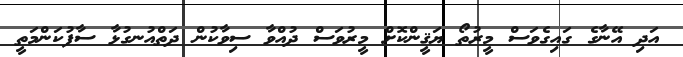
އަދި އޭނާގެ ގައިގެވަސް މީރުތޯ ޔަޤީންކޮށް މީރުވަސް ދުއްވާ ސިވާކުން ދަތްއުނގުޅާ ސާފުކަންމަތީ